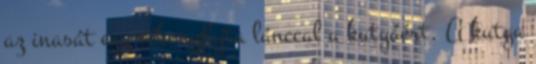
az inasát egy vékonyfajta lánccal a kutyáért. A kutya